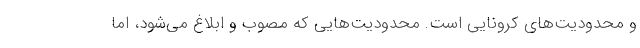
و محدودیت‌های کرونایی است. محدودیت‌هایی که مصوب و ابلاغ می‌شود، اما